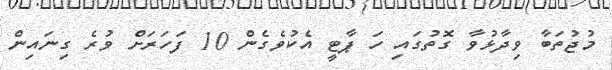
މުޖުތަބާ ވިދާޅުވާ ގޮތުގައި ހަ ޕާޓީ އެކުވެގެން 10 ފަހަރަށް ވުރެ ގިނައިން